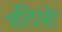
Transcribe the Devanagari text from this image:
तदियों